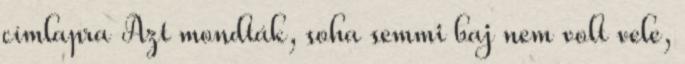
címlapra Azt mondták, soha semmi baj nem volt vele,